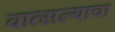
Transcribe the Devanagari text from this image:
वात्सल्याचा